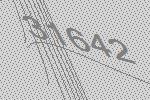
31642